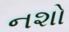
નશો